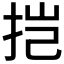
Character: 𫼥